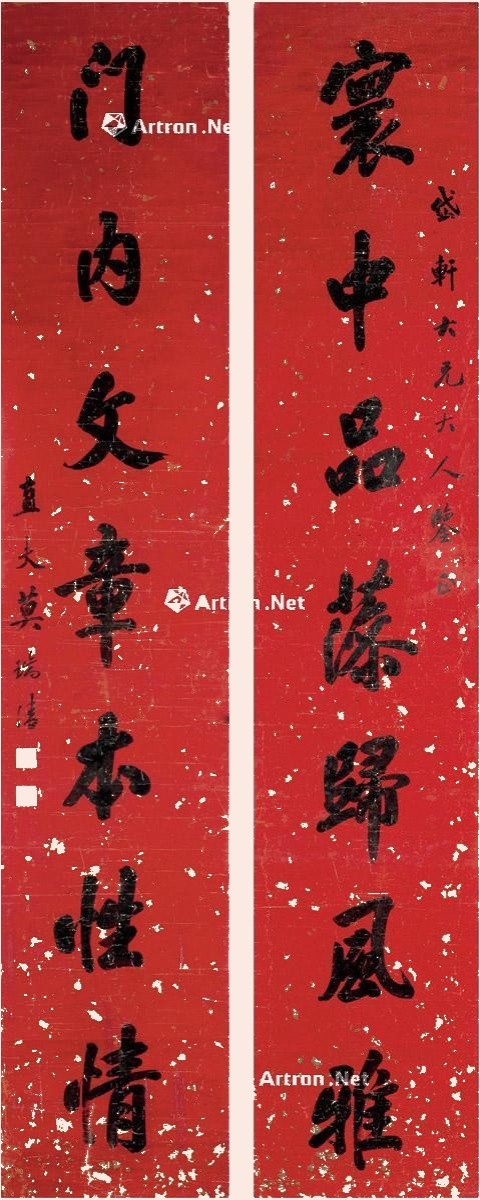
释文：寰中品藻归风雅，门内文章本性情。岱轩大兄大人鉴正。直夫莫瑞清。